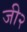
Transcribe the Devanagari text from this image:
जी२